Scottish Leaving Certificate Examination, 1952
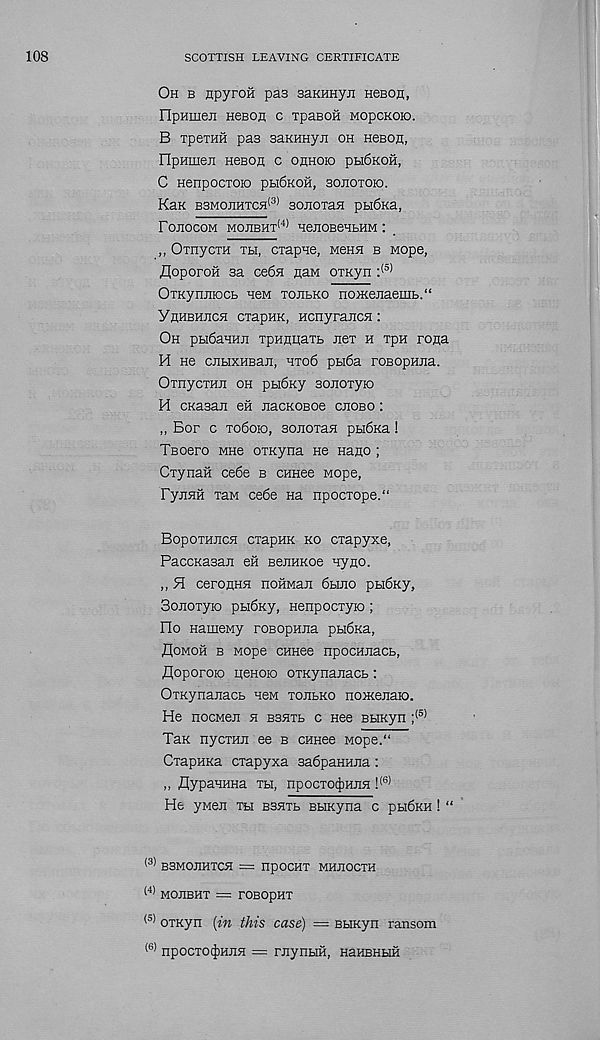
108
SCOTTISH LEAVING CERTIFICATE
Oh b npyroii pas saKHnyn neBOn,
OpHiueji HeBon c TpasoH wopcKoio.
B TpeTHH pas saKHnyii oh HeBom,
ripHmeji neBOH c OflHOio ph6koh,
C HenpocTOio pbi6koh, sohotoio.
Kan bsmojihtch (3) sonoTaH pbi6Ka,
FOJIOCOM MOJIBHT (4) HeJIOBBHBHM _
,, OxnycTH tbi, cxapne, mbkh b Mope,
floporoH sa ce6a. naM OTKyn : (5)
OTKymnocb hcm tojibko noiKejiaemb.“
Yhhbhjich CTapHK, HcnyraiicH:
Oh pbifiaHHE xpHimaTb jict h xpn rona
H He ciibixHBaJi, hto6 pbi6a roBopHiia.
OxnycTHE oh pbiOny sonoTyK)
H cKasaii eii iiacKOBoe cjiobo :
,, Bor c to6oio, soHOTan pu6Ka!
Tfioero mhb OTKyna ne nano ;
CxynaH ce6e b cnnee Mope,
FyjiHH TaM ce6e na npocTope.“
BopoTHiicH CTapHK ko cxapyxe,
PaccKasan eii BeiiHKoe ay no.
,, 91 ceronHH noHMan 6hjio pbiSKy,
Sojioxyio pbi6Ky, Henpocxyio ;
Ho HameMy roBopHiia pbiOna,
floMoii b Mope CHHee npocHiiacb,
flopororo iienoio oTKynanacb:
OTKynanacb new torero noiKeRaio.
He nocMeR h bshte c nee BHKyn ; (5)
Tan nycxHR ee b CHHee Mope.“
CxapHRa cxapyxa saOpaHHRa :
,, flypaHHHa th, npocxo^HRH ! (6)
He yneR th BSHTb BHKyna c ph6kh ! “
(3) B3MORHTCH = npOCHT MHROCTH
(4) MORBHT = TOBOpHT
(5) OTKyn (in this case) = BHKyn ransom
(6) npOCTO(j)HRR = FRynblH, HaHBHHH